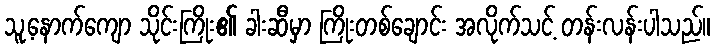
သူ့နောက်ကျော သိုင်းကြိုး၏ ခါးဆီမှာ ကြိုးတစ်ချောင်း အလိုက်သင့် တန်းလန်းပါသည်။